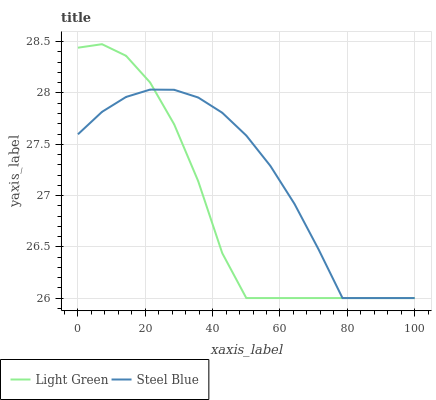
| xaxis_label | Light Green | Steel Blue |
 | --- | --- | --- |
 | 0 | 28.4 | 27.6 |
 | 7.14 | 28.5 | 27.8 |
 | 14.3 | 28.4 | 28 |
 | 21.4 | 28.1 | 28 |
 | 28.6 | 27.7 | 28 |
 | 35.7 | 27.1 | 28 |
 | 42.9 | 26.4 | 27.8 |
 | 50 | 26 | 27.6 |
 | 57.1 | 26 | 27.3 |
 | 64.3 | 26 | 26.9 |
 | 71.4 | 26 | 26.5 |
 | 78.6 | 26 | 26 |
 | 85.7 | 26 | 26 |
 | 92.9 | 26 | 26 |
 | 100 | 26 | 26 |